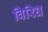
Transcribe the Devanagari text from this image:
विरिध